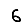
Digit: 6